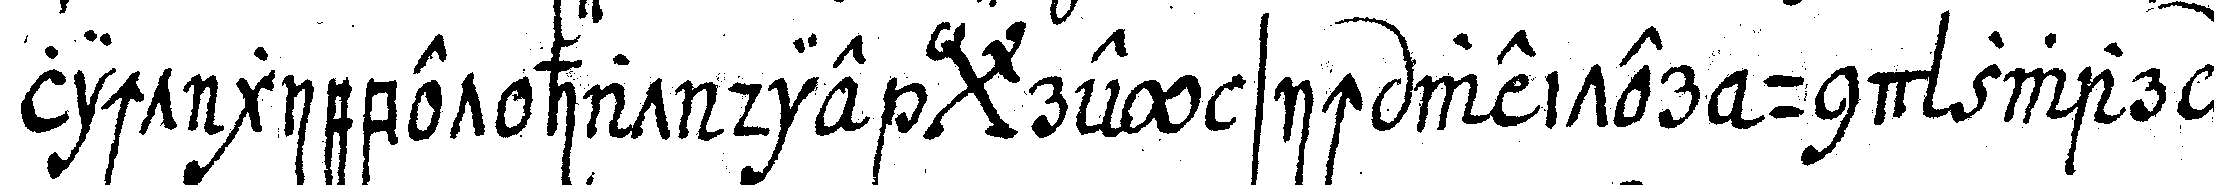
licht giebet hat die *bigx* rey sich weiter und zwar